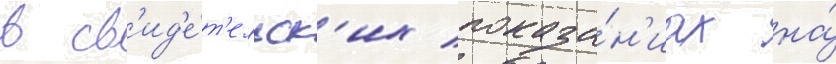
в св'ид'е́т'ельск'их показа́н'иах на́